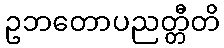
ဥဘတောပညတ္တီတိ